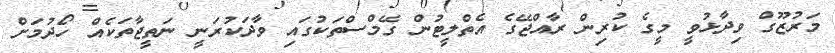
މަރުޒޫގް ވިދާޅުވީ މީގެ ކުރިން ރާއްޖޭގެ އެތްލީޓުން ގޭމްސްތަކުގައި ވާދަކުރަނީ ނަތީޖާތަކެއް ހޯދުމަށް